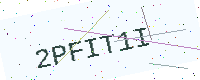
Text: 2PFIT1I